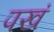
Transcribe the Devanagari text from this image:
पखं